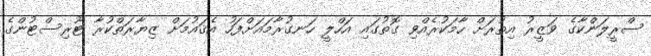
ސްރީލަންކާގެ ވަޒީރު އިތުރަށް ހާމަކުރެއްވި ގޮތުގައި އަހްލީ ހަނގުރާމައަށްފަހު އެޤައުމަށް ޒިޔާރަތްކުރާ ޓޫރިސްޓުންގެ